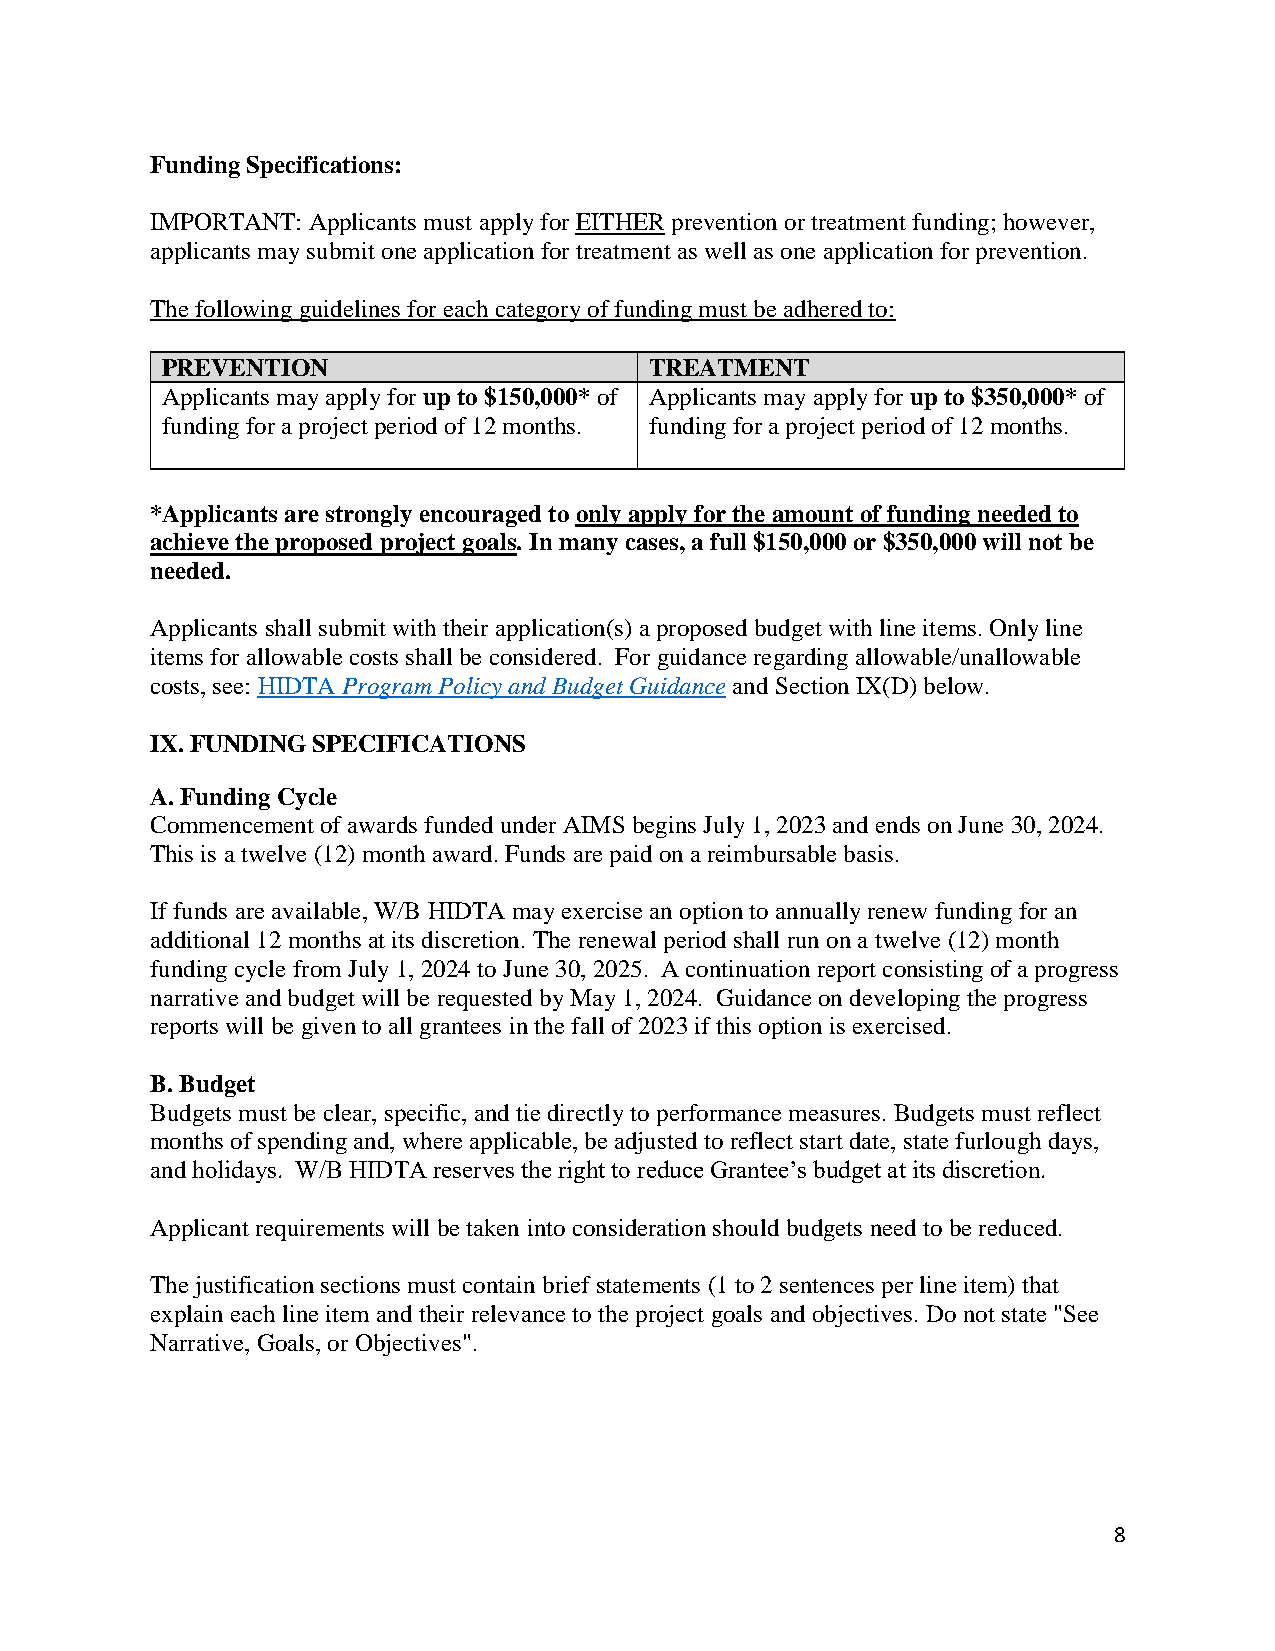
Funding Specifications:
 IMPORTANT: Applicants must apply for EITHER prevention or treatment funding; however,
 applicants may submit one application for treatment as well as one application for prevention.
 The following guidelines for each category of funding must be adhered to:
 PREVENTION                      TREATMENT
 Applicants may apply for up to $150,000* of Applicants may apply for up to $350,000* of
 funding for a project period of 12 months. funding for a project period of 12 months.
 *Applicants are strongly encouraged to only apply for the amount of funding needed to
 achieve the proposed project goals. In many cases, a full $150,000 or $350,000 will not be
 needed.
 Applicants shall submit with their application(s) a proposed budget with line items. Only line
 items for allowable costs shall be considered. For guidance regarding allowable/unallowable
 costs, see: HIDTA Program Policy and Budget Guidance and Section IX(D) below.
 IX. FUNDING SPECIFICATIONS
 A. Funding Cycle
 Commencement of awards funded under AIMS begins July 1, 2023 and ends on June 30, 2024.
 This is a twelve (12) month award. Funds are paid on a reimbursable basis.
 If funds are available, W/B HIDTA may exercise an option to annually renew funding for an
 additional 12 months at its discretion. The renewal period shall run on a twelve (12) month
 funding cycle from July 1, 2024 to June 30, 2025. A continuation report consisting of a progress
 narrative and budget will be requested by May 1, 2024. Guidance on developing the progress
 reports will be given to all grantees in the fall of 2023 if this option is exercised.
 B. Budget
 Budgets must be clear, specific, and tie directly to performance measures. Budgets must reflect
 months of spending and, where applicable, be adjusted to reflect start date, state furlough days,
 and holidays. W/B HIDTA reserves the right to reduce Grantee’s budget at its discretion.
 Applicant requirements will be taken into consideration should budgets need to be reduced.
 The justification sections must contain brief statements (1 to 2 sentences per line item) that
 explain each line item and their relevance to the project goals and objectives. Do not state "See
 Narrative, Goals, or Objectives".
 8